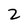
Character: 2